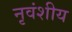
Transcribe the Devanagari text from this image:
नृवंशीय